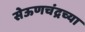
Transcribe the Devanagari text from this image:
सेऊणचंद्रच्या